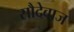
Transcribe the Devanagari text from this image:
सौदेबाज